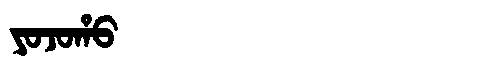
Manchu: ᠶᠣᠵᠣᡥᠣ
Romanization: YOJOHO